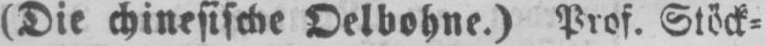
(Die chinesische Oelbohne.) Prof. Stöck⸗